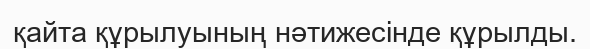
қайта құрылуының нәтижесінде құрылды.